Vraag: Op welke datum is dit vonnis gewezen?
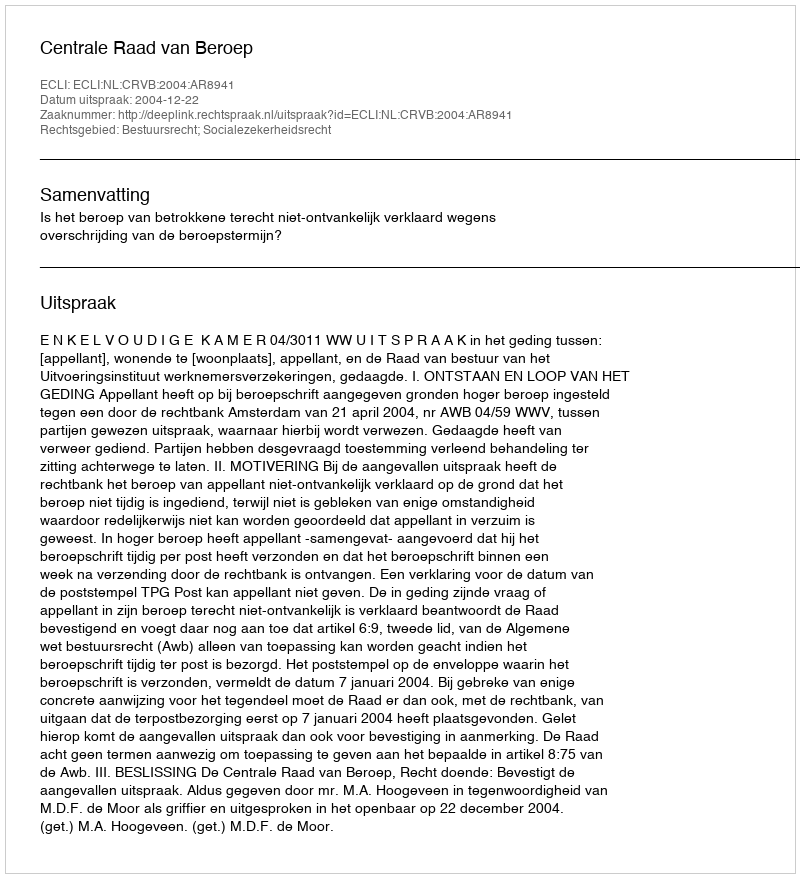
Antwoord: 2004-12-22